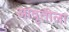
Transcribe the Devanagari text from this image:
आवृतीला